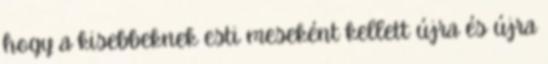
hogy a kisebbeknek esti meseként kellett újra és újra